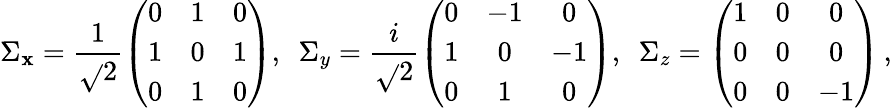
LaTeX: \Sigma_{\mathbf{x}}=\frac{{1}}{{\sqrt{}{{2}}}}\left(\begin{array}{ccc}{0}&{1}&{0}\\ {1}&{0}&{1}\\ {0}&{1}&{0}\end{array}\right),\ \ \Sigma_{y}=\frac{{i}}{{\sqrt{}{{2}}}}\left(\begin{array}{ccc}{0}&{-1}&{0}\\ {1}&{0}&{-1}\\ {0}&{1}&{0}\end{array}\right),\ \ \Sigma_{z}=\left(\begin{array}{ccc}{1}&{0}&{0}\\ {0}&{0}&{0}\\ {0}&{0}&{-1}\end{array}\right)\, ,